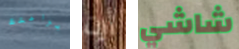
براعتك أرت شاشي